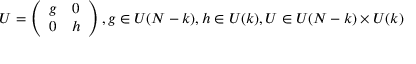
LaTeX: U = \left( \begin{array} { c c } { { g } } & { { 0 } } \\ { { 0 } } & { { h } } \end{array} \right) , g \in U ( N - k ) , h \in U ( k ) , U \in U ( N - k ) \times U ( k )